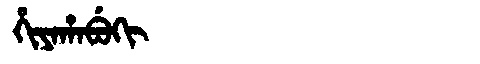
Manchu: ᡥᡳᠶᠠᡥᠠᠪᡠᡴᡳ
Romanization: HIYAHABUKI